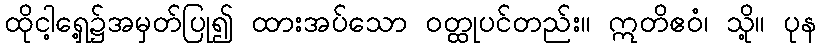
ထိုငါ့ရှေ့၌အမှတ်ပြု၍ ထားအပ်သော ဝတ္ထုပင်တည်း။ ဣတိဧဝံ၊ သို့။ ပုန